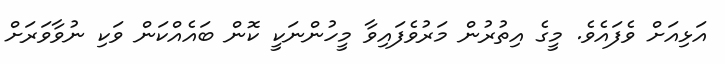
އަޅިއަށް ވެފައެވެ. މީގެ އިތުރުން މަރުވެފައިވާ މީހުންނަކީ ކޮން ބައެއްކަން ވަކި ނުވާވަރަށް